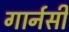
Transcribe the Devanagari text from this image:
गार्नसी